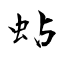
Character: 蛅